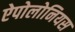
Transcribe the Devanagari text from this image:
ऐपोलोनियस